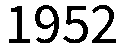
1952